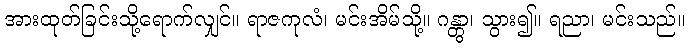
အားထုတ်ခြင်းသို့ရောက်လျှင်။ ရာဇကုလံ၊ မင်းအိမ်သို့။ ဂန္တွာ၊ သွား၍။ ရညာ၊ မင်းသည်။